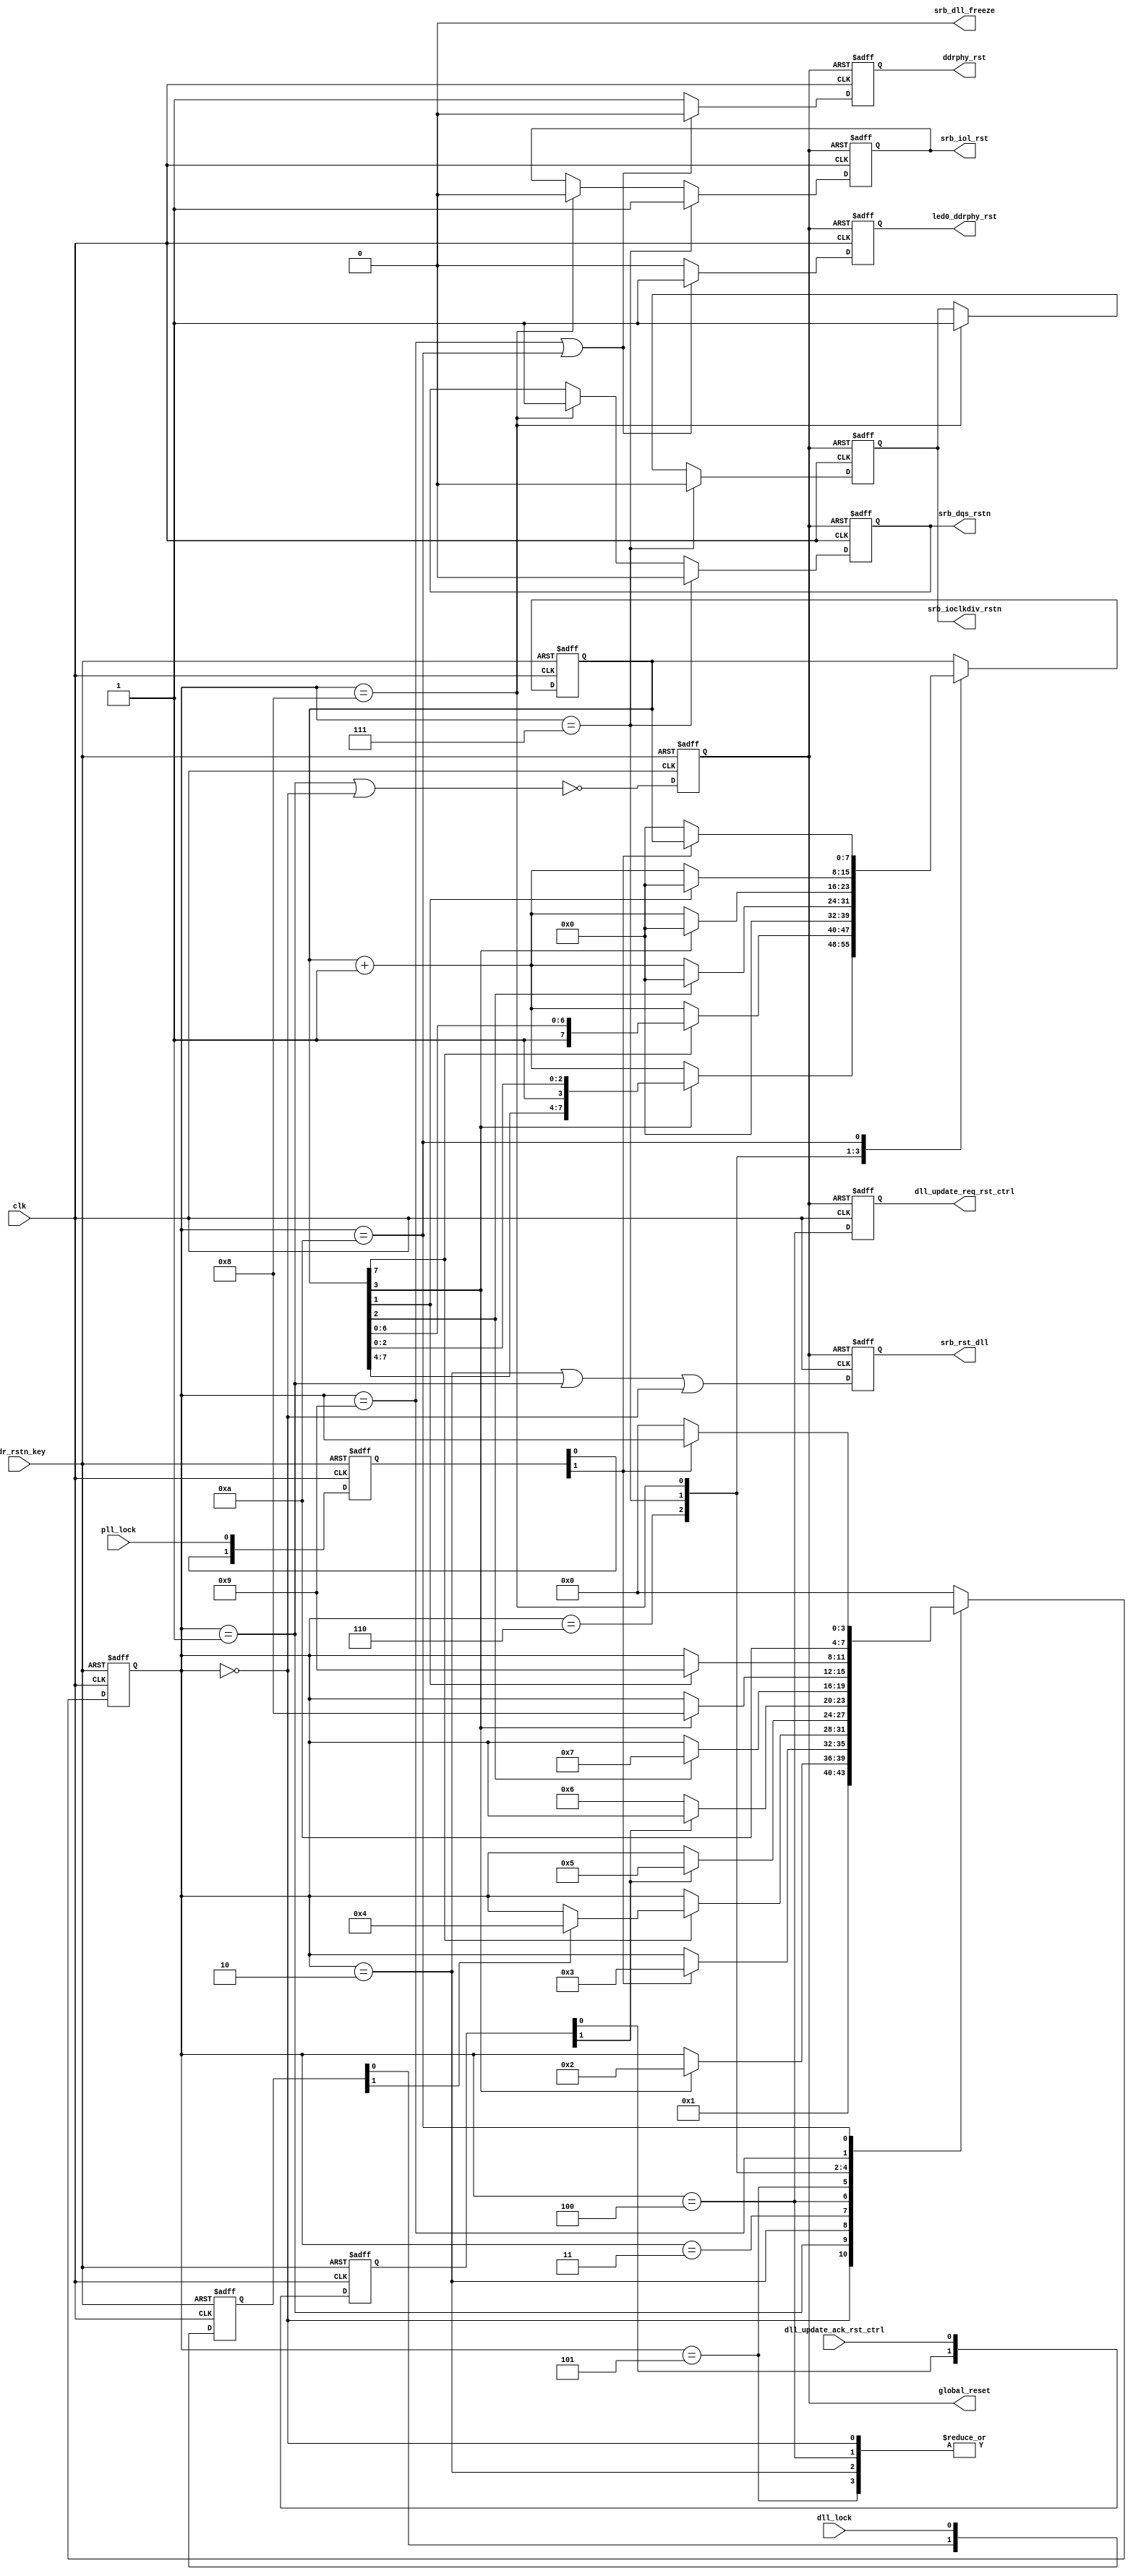
module ipsl_ddrphy_reset_ctrl
(
    input                                ddr_rstn_key                   ,
    input                                clk                            ,

    input                                dll_lock                       ,
    input                                pll_lock                       ,
    output reg                           dll_update_req_rst_ctrl        ,
    input                                dll_update_ack_rst_ctrl        ,
    output reg                           srb_rst_dll                    ,    //dll reset
    output wire                          srb_dll_freeze                 ,
    output reg                           ddrphy_rst                     ,
    output reg                           srb_iol_rst                    ,
    output reg                           srb_dqs_rstn                   ,
    output reg                           srb_ioclkdiv_rstn              ,
    output reg                           global_reset                   ,
    output reg                           led0_ddrphy_rst                
);

//parameter SRB_DQS_RST_TRAINING_HIGH_CLK = 4;

localparam e_IDLE          = 0;
localparam e_GRESET_DW     = 1;
localparam e_GRESET_UP     = 2;
localparam e_PLL_LOCKED    = 3;
localparam e_DLL_LOCKED    = 4;
localparam e_DLL_UP_HOLD   = 5;
localparam e_PHY_RST_UP    = 6;
localparam e_IO_RST_UP     = 7;
localparam e_IO_RST_END    = 8;
localparam e_PHY_RST_END   = 9;
localparam e_NORMAL        = 10;

reg [3:0] state;
reg [1:0] pll_lock_d;
reg [1:0] dll_lock_d;
reg [7:0] cnt;
reg [1:0] dll_update_ack_rst_ctrl_d;

always @(posedge clk or negedge ddr_rstn_key)
   if (!ddr_rstn_key) begin
      pll_lock_d       <= 2'd0;
      dll_lock_d       <= 2'd0;
      dll_update_ack_rst_ctrl_d <= 2'd0;
   end
   else begin
      pll_lock_d       <= {pll_lock_d[0], pll_lock};
      dll_lock_d       <= {dll_lock_d[0], dll_lock};      
      dll_update_ack_rst_ctrl_d <= {dll_update_ack_rst_ctrl_d[0], dll_update_ack_rst_ctrl};
   end

always @(posedge clk or negedge ddr_rstn_key)
   if (!ddr_rstn_key) begin
      state <= e_IDLE;
      cnt   <= 0; 
   end
   else begin
         case (state)
            e_IDLE: begin //wait for PLL lock
               cnt <= 0;
                  state <= e_GRESET_DW;
            end
            e_GRESET_DW: begin
               if (cnt[3])
                  state <= e_GRESET_UP;
               else
               cnt <= cnt + 1;
            end
            e_GRESET_UP: begin
               cnt <= 0;
               if(pll_lock_d[1])
               state <= e_PLL_LOCKED;   
            end
            e_PLL_LOCKED: begin //wait for DLL lock
               if (cnt[7]) begin
                  if (dll_lock_d[1])
                     state <= e_DLL_LOCKED;
               end
               else begin
                  cnt <= cnt + 1;
               end
            end
            e_DLL_LOCKED: begin
               cnt <= 0;
               if (dll_update_ack_rst_ctrl_d[1])
                  state <= e_DLL_UP_HOLD;
            end
            e_DLL_UP_HOLD: begin
               cnt <= 0;               
               if (~dll_update_ack_rst_ctrl_d[1])
                  state <= e_PHY_RST_UP;
            end
            e_PHY_RST_UP: begin
               if (cnt[2]) begin
                  cnt   <= 0;
                  state <= e_IO_RST_UP;
               end
               else
                  cnt   <= cnt + 1;
            end
            e_IO_RST_UP: begin
               if (cnt[3]) begin
                  state <= e_IO_RST_END;
                  cnt   <= 0;
               end
               else
                  cnt <= cnt + 1;
            end
            e_IO_RST_END: begin //switch back to clkdiv out
               if (cnt[1]) begin
                  cnt   <= 0;
                  state <= e_PHY_RST_END;
               end
               else
                  cnt <= cnt + 1;
            end
            e_PHY_RST_END: begin               
                  state <= e_NORMAL;
            end
            e_NORMAL: begin
              if (~pll_lock_d[1]) begin
              state <= e_IDLE;
              cnt   <= 0; 
              end
            end
            default: begin
                state <= e_IDLE;
            end
         endcase   
   end


always @(posedge clk or negedge ddr_rstn_key)
if (!ddr_rstn_key) begin
     global_reset <= 1'b0;
end
else begin
     global_reset <= ~((state == e_GRESET_DW)||(state == e_IDLE)); 
end

always @(posedge clk or negedge global_reset)
   if (!global_reset) begin
        ddrphy_rst   <= 1'b1;
        led0_ddrphy_rst  <= 1'b0;
        srb_dqs_rstn <= 1'b1;
        srb_iol_rst <= 1'b0;
        srb_rst_dll <= 1'b1;
        srb_ioclkdiv_rstn <= 1'b1;
        dll_update_req_rst_ctrl <= 1'b0;
   end
   else begin
      srb_rst_dll <= (state == e_GRESET_UP)||(state == e_GRESET_DW)||(state == e_IDLE); //release dll reset after pll is locked
      dll_update_req_rst_ctrl <= state == e_DLL_LOCKED;      
       if ((state == e_PHY_RST_END)||(state == e_NORMAL))begin
         ddrphy_rst   <= 1'b0;
         led0_ddrphy_rst  <= 1'b1;
         end
         else begin
         ddrphy_rst   <= 1'b1;
         led0_ddrphy_rst  <= 1'b0;            
        end
      
      if (state == e_IO_RST_UP)
      begin
        srb_dqs_rstn <= 1'b0;
        srb_iol_rst <= 1'b1;
        srb_ioclkdiv_rstn <= 1'b0; 
      end
      else if (state == e_IO_RST_END)  
      begin
        srb_dqs_rstn <= 1'b1;
        srb_iol_rst <= 1'b0;
        srb_ioclkdiv_rstn <= 1'b1;
     end        
   end


assign srb_dll_freeze = 1'b0;
endmodule